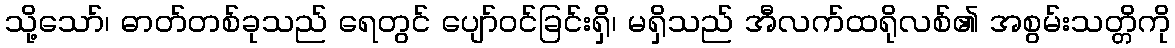
သို့သော်၊ ဓာတ်တစ်ခုသည် ရေတွင် ပျော်ဝင်ခြင်းရှိ၊ မရှိသည် အီလက်ထရိုလစ်၏ အစွမ်းသတ္တိကို